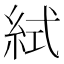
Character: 𥿮